Scottish Leaving Certificate Examination, 1953
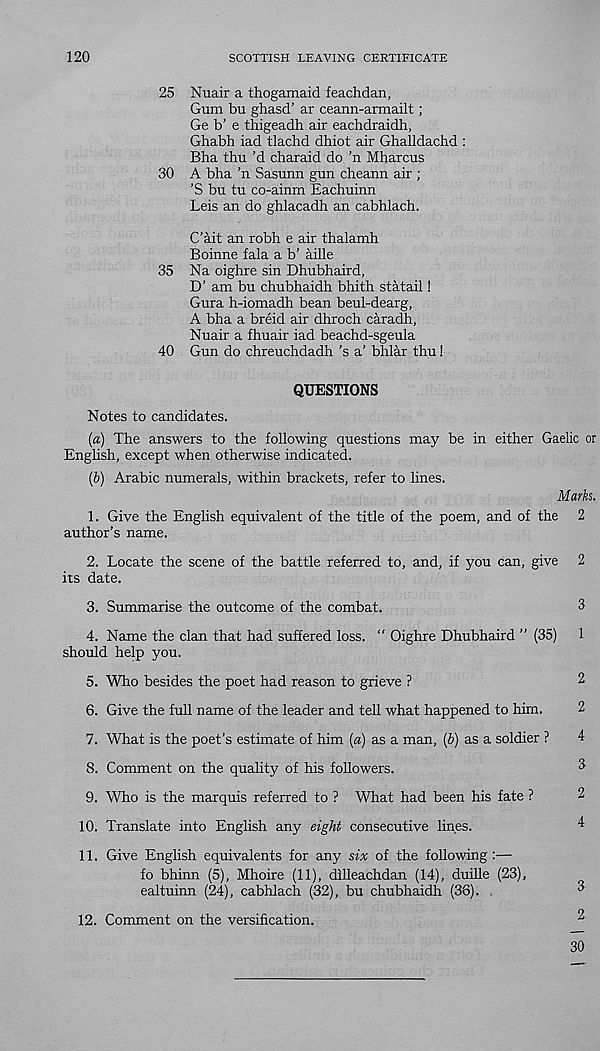
120
SCOTTISH LEAVING CERTIFICATE
25 Nuair a thogamaid feachdan,
Gum bu ghasd’ ar ceann-armailt;
Ge b’ e thigeadh air eachdraidh,
Ghabh iad tlachd dhiot air Ghalldachd :
Bha thu’d charaid do ’n Mharcus
30 A bha ’n Sasunn gun cheann air ;
’S bu tu co-ainm Eachuinn
Leis an do ghlacadh an cabhlach.
C’ait an robh e air thalamh
Boinne fala a b’ aille
35 Na oighre sin Dhubhaird,
D’ am bu chubhaidh bhith statail!
Gura h-iomadh bean beul-dearg,
A bha a breid air dhroch caradh,
Nuair a fhuair iad beachd-sgeula
40 Gun do chreuchdadh 's a’ bhlar thu!
QUESTIONS
Notes to candidates.
(a) The answers to the following questions may be in either Gaelic or
English, except when otherwise indicated.
(b) Arabic numerals, within brackets, refer to lines.
Marks.
1. Give the English equivalent of the title of the poem, and of the 2
author’s name.
2. Locate the scene of the battle referred to, and, if you can, give 2
its date.
3. Summarise the outcome of the combat.
3
4. Name the clan that had suffered loss. “ Oighre Dhubhaird ” (35) 1
should help you.
5. Who besides the poet had reason to grieve ?
2
6. Give the full name of the leader and tell what happened to him.
7. What is the poet’s estimate of him (a) as a man, (b) as a soldier ?
4
8. Comment on the quality of his followers.
3
9. Who is the marquis referred to ? What had been his fate ?
10. Translate into English any eight consecutive lines.
4
11. Give English equivalents for any six of the following :—
fo bhinn (5), Mhoire (11), dilleachdan (14), duille (23),
ealtuinn (24), cabhlach (32), bu chubhaidh (36).
^
12. Comment on the versification.
2
30